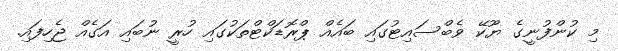
މި ކުންފުނީގެ ޔޫކޭ ވެބްސައިޓުގައި ބައެއް ޕްރޮޑަކްޓްތަކުގައި ހުރީ ނުބައި އަގެއް ޖެހިފައި.